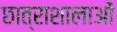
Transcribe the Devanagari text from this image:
छात्राशालाओं